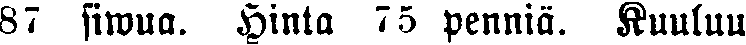
87 siwua. Hinta 75 penniä. Kuuluu